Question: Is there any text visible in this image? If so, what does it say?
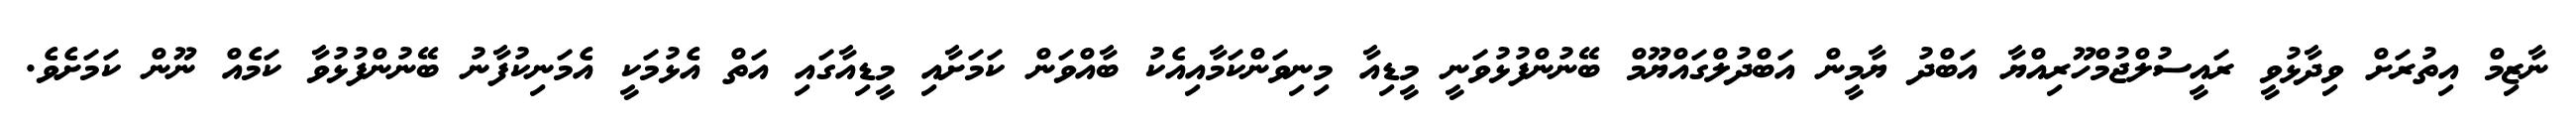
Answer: ނާޒިމް އިތުރަށް ވިދާޅުވީ ރައީސުލްޖުމްހޫރިއްޔާ އަބްދު ޔާމީން އަބްދުލްގައްޔޫމް ބޭނުންފުޅުވަނީ މީޑިއާ މިނިވަންކަމާއިއެކު ބާއްވަން ކަމަށާއި މީޑިއާގައި އަތް އެޅުމަކީ އެމަނިކުފާނު ބޭނުންފުޅުވާ ކަމެއް ނޫން ކަމަށެވެ.